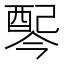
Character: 𫑸